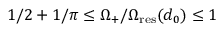
1 / 2 + 1 / \pi \leq \Omega _ { + } / \Omega _ { \mathrm { r e s } } ( d _ { 0 } ) \leq 1